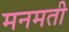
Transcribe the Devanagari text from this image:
मनमती